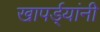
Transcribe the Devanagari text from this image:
खापर्ड्यांनी